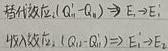
替代效应: $(Q_1 - Q_0) \Rightarrow E_1 > E_0$

收入效应: $(Q_2 - Q_1) \Rightarrow E_2 > E_1$